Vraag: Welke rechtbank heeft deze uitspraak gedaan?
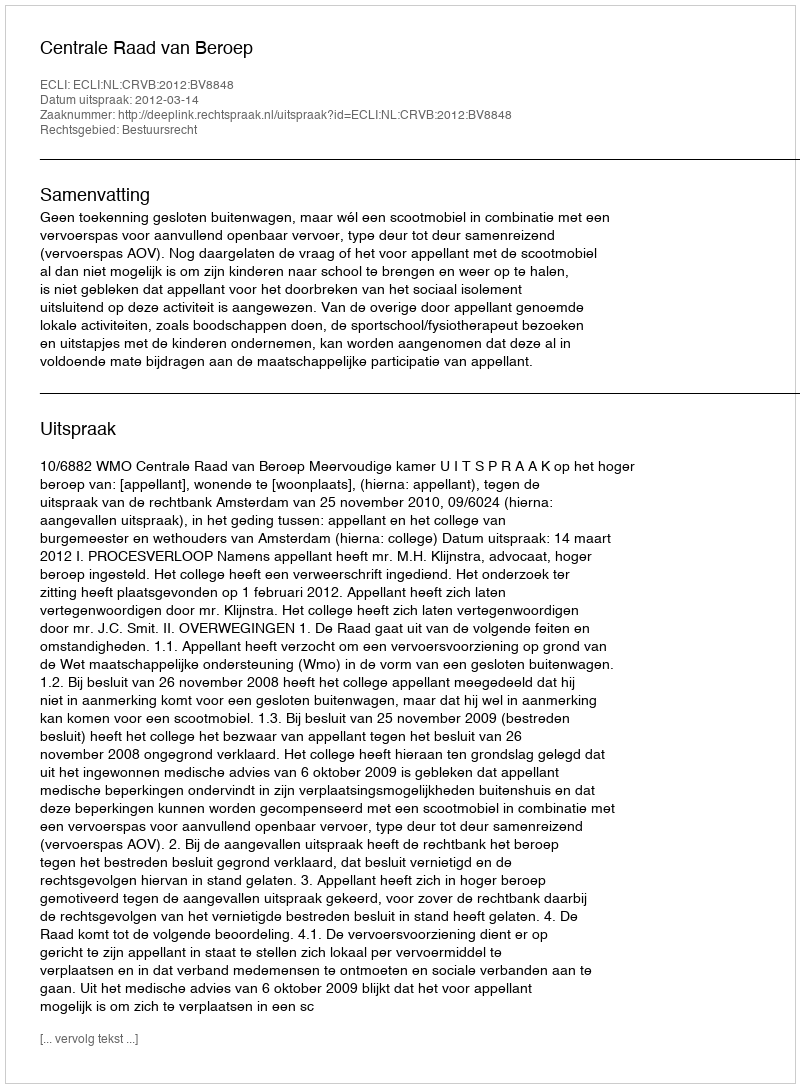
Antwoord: Centrale Raad van Beroep